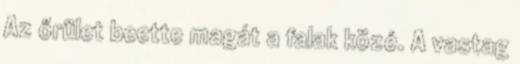
Az őrület beette magát a falak közé. A vastag